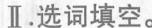
Ⅱ.选词填空。